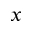
_ x